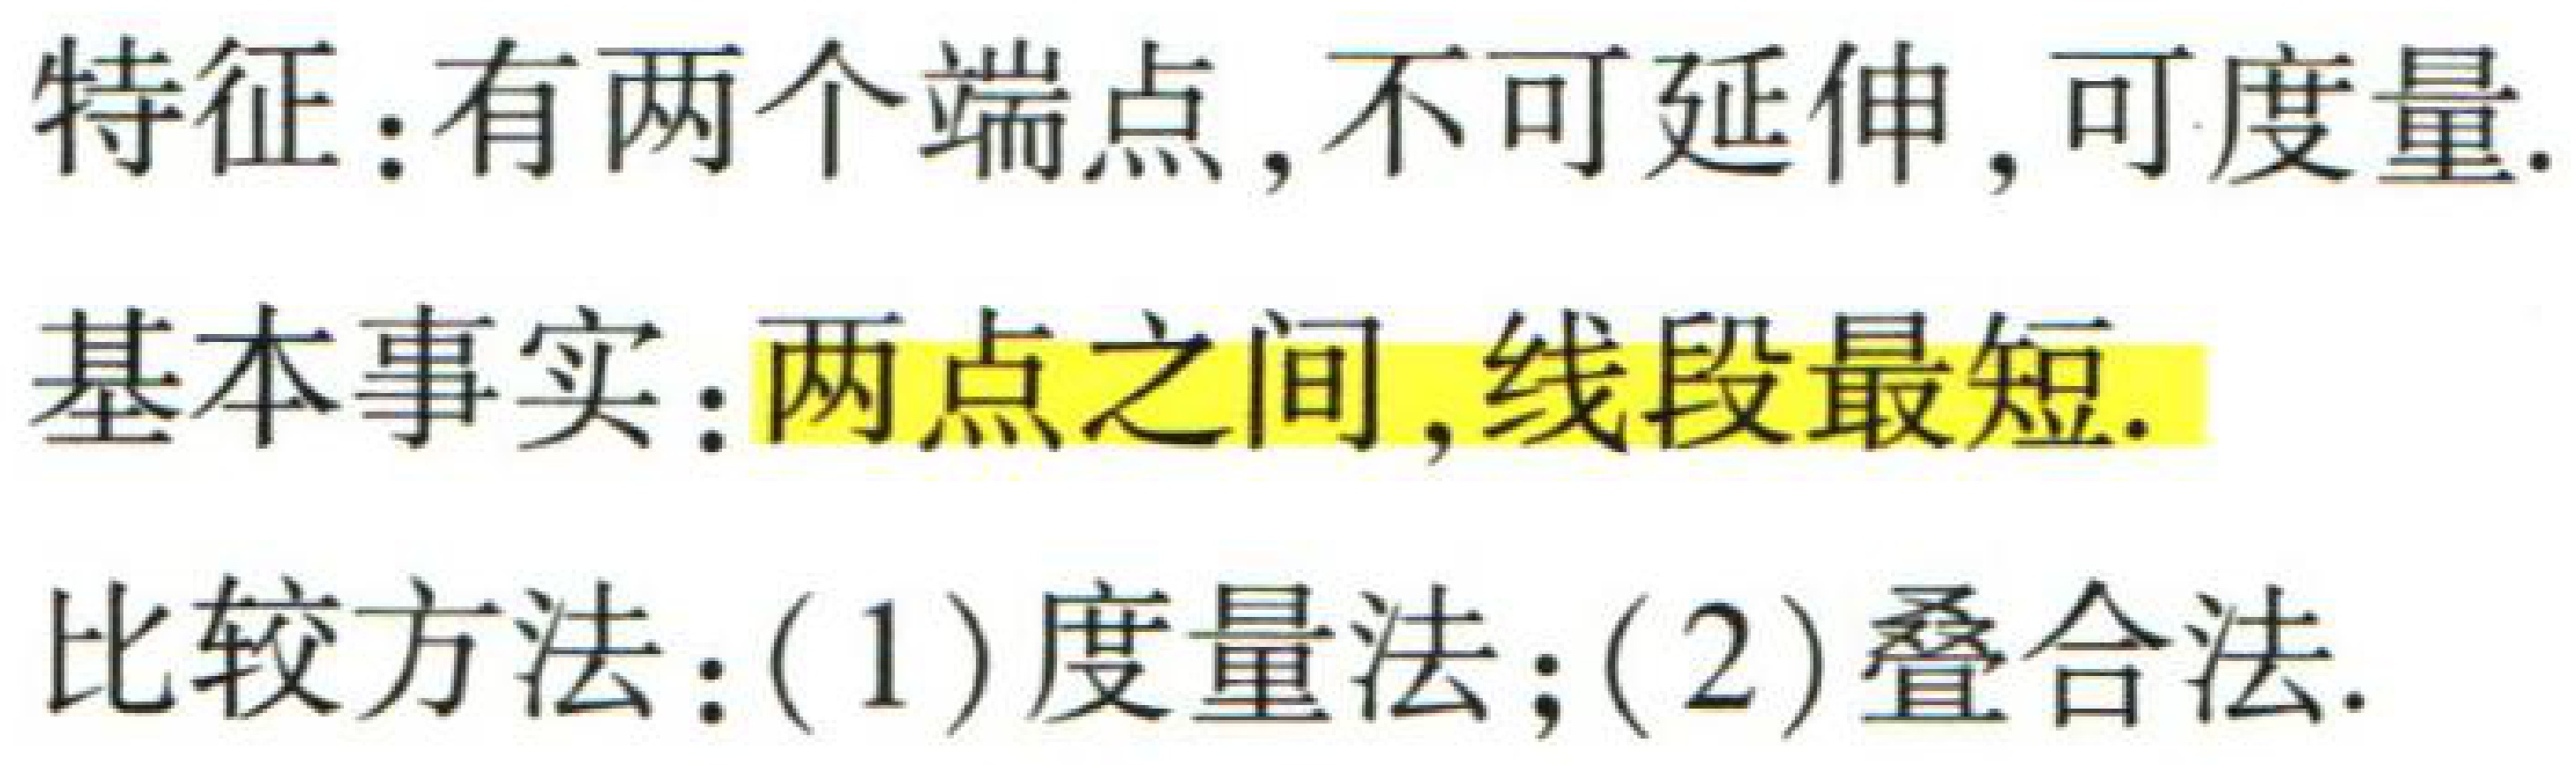
特征：有两个端点, 不可延伸, 可度量.

基本事实：两点之间, 线段最短.

比较方法：(1) 度量法；(2) 叠合法.